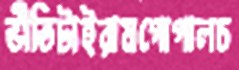
ভীতিটাইরামগোপালচ